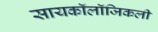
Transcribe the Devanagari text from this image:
सायकॉलॉजिकली